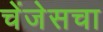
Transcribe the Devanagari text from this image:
चेंजेसचा